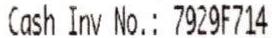
CASH INV NO.: 7929F714